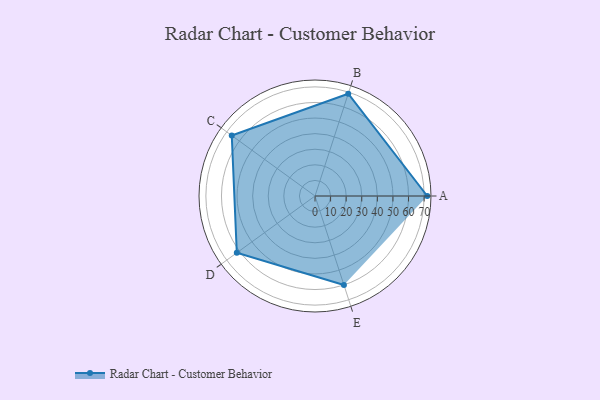
{"axis": {"x": "Skill", "y": "Score"}, "legend": ["Profile"], "data": [{"x": "A", "y": 72.0, "type": "Profile"}, {"x": "B", "y": 69.0, "type": "Profile"}, {"x": "C", "y": 66.0, "type": "Profile"}, {"x": "D", "y": 62.0, "type": "Profile"}, {"x": "E", "y": 60.0, "type": "Profile"}]}